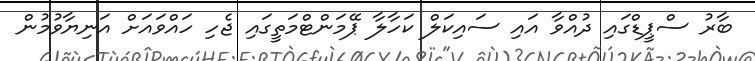
ބާރު ސްޕީޑްގައި ދުއްވާ އައި ސައިކަލް ކަހާލާ ޕޭމަންޓްމަތީގައި ޖެހި ހައްވައަށް އަނިޔާވުމުން